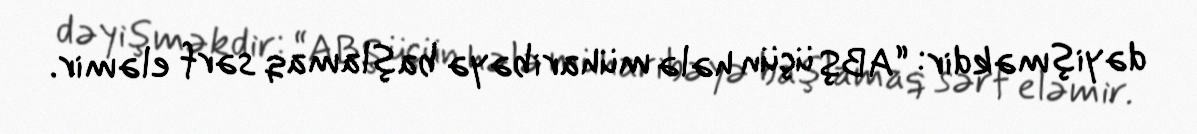
dəyişməkdir: “ABŞ üçün hələ müharibəyə başlamaq sərf eləmir.